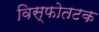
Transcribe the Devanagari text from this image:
विस्फोतटक